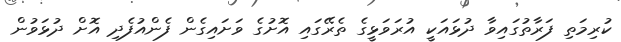
ކުރިމަތި ފަރާތުގައިވާ ދުޅައަކީ އުރަވަޅީގެ ތެރޭގައި އޮށުގެ ވަށައިގެން ފެންއުފެދި އޮށް ދުޅަވުން